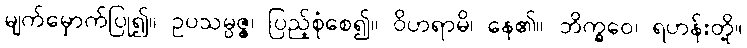
မျက်မှောက်ပြု၍။ ဥပသမ္ပဇ္ဇ၊ ပြည့်စုံစေ၍။ ဝိဟရာမိ၊ နေ၏။ ဘိက္ခဝေ၊ ရဟန်းတို့။